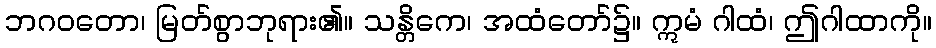
ဘဂဝတော၊ မြတ်စွာဘုရား၏။ သန္တိကေ၊ အထံတော်၌။ ဣမံ ဂါထံ၊ ဤဂါထာကို။